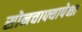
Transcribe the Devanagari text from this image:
सोनचाफ्यापेक्षा